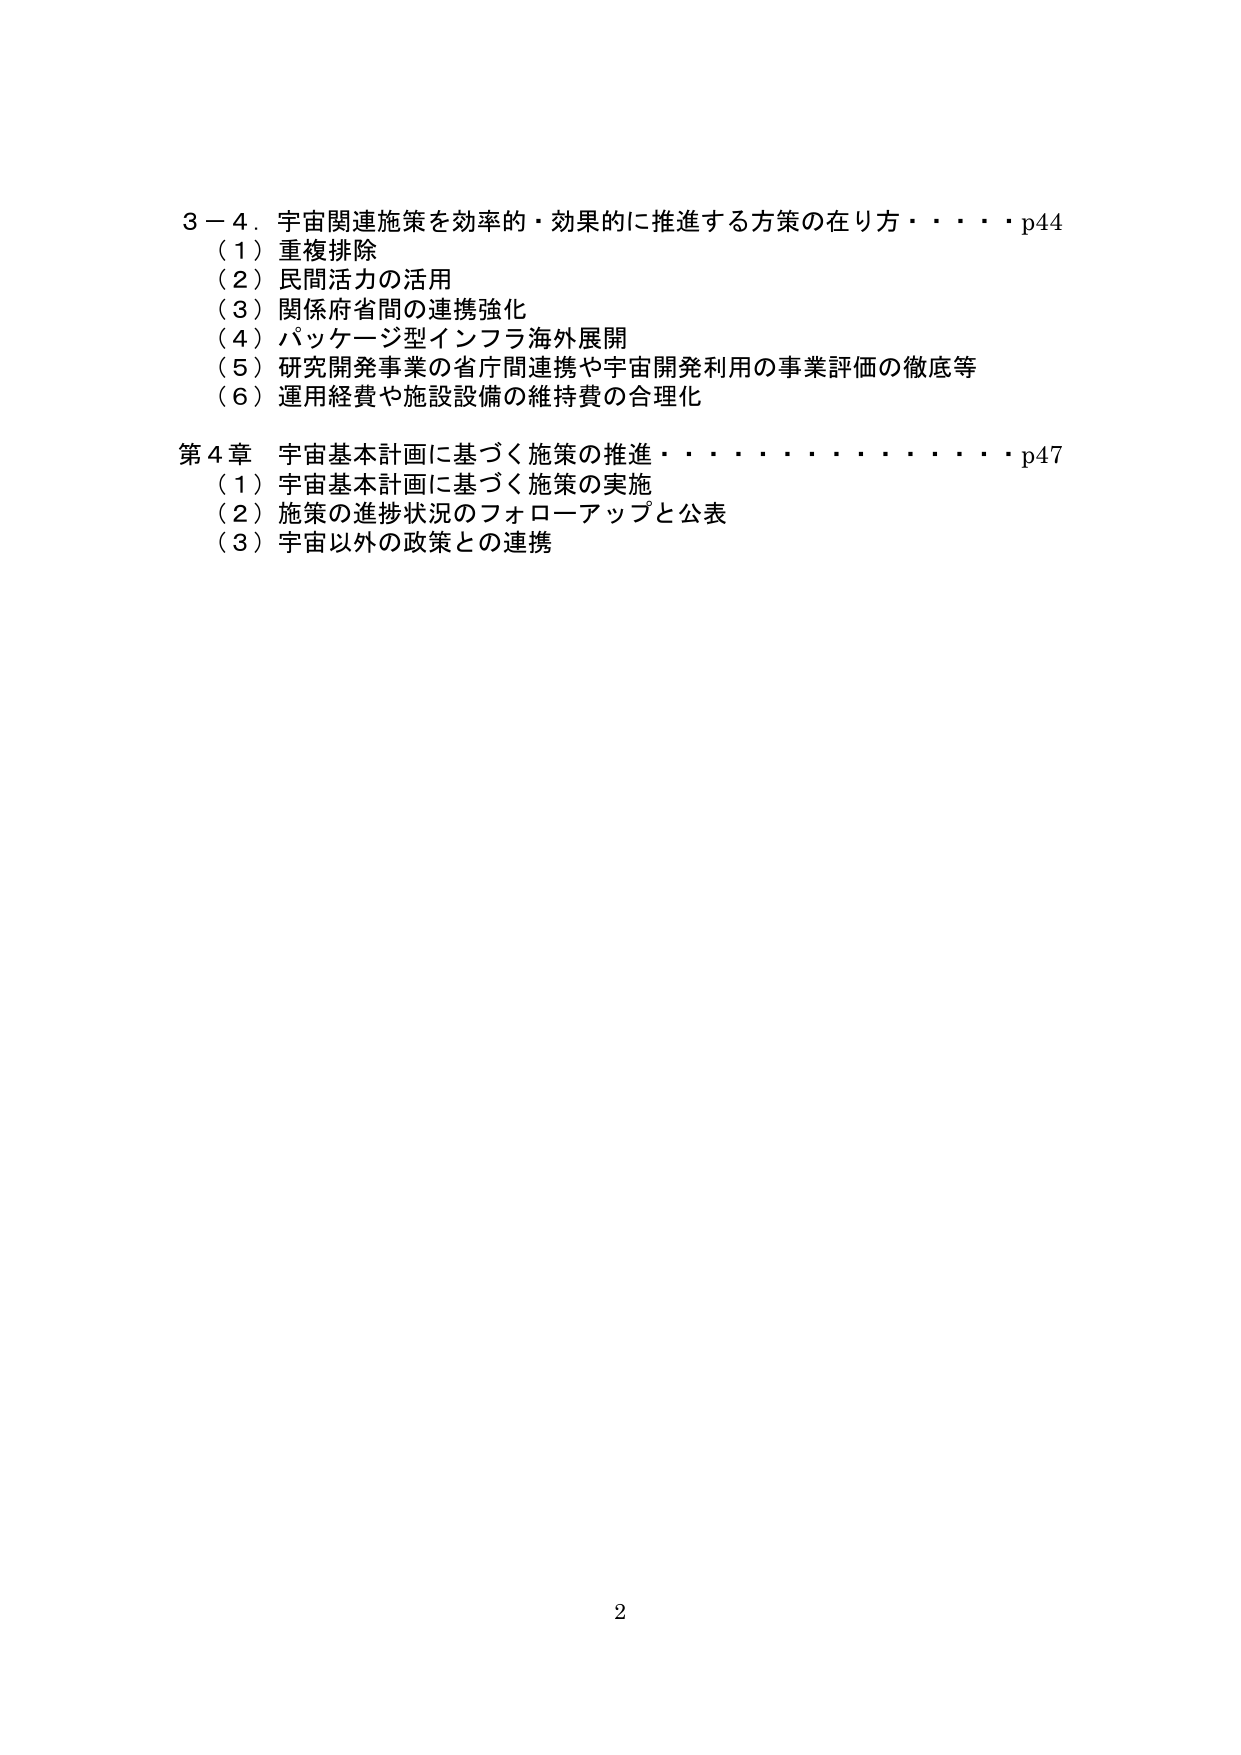
3－4．宇宙関連施策を効率的・効果的に推進する方策の在り方・・・・p44
（1）重複排除
（2）民間活力の活用
（3）関係府省間の連携強化
（4）パッケージ型インフラ海外展開
（5）研究開発事業の省庁間連携や宇宙開発利用の事業評価の徹底等
（6）運用経費や施設設備の維持費の合理化

第4章 宇宙基本計画に基づく施策の推進・・・・・・・・・・・・p47
（1）宇宙基本計画に基づく施策の実施
（2）施策の進捗状況のフォローアップと公表
（3）宇宙以外の政策との連携

2